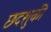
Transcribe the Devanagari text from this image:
छदशुकी